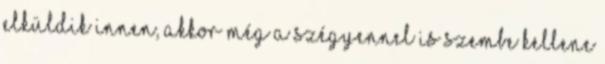
elküldik innen, akkor még a szégyennel is szembe kellene